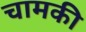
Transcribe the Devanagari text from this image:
चामकी